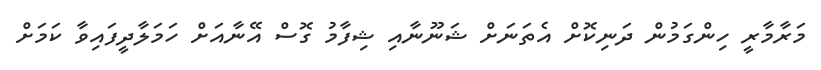
މަރާމާރީ ހިންގަމުން ދަނިކޮށް އެތަނަށް ޝަނޫނާއި ޝިފާމު ގޮސް އޭނާއަށް ހަމަލާދީފައިވާ ކަމަށް